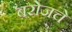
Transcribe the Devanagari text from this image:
बरोजचे